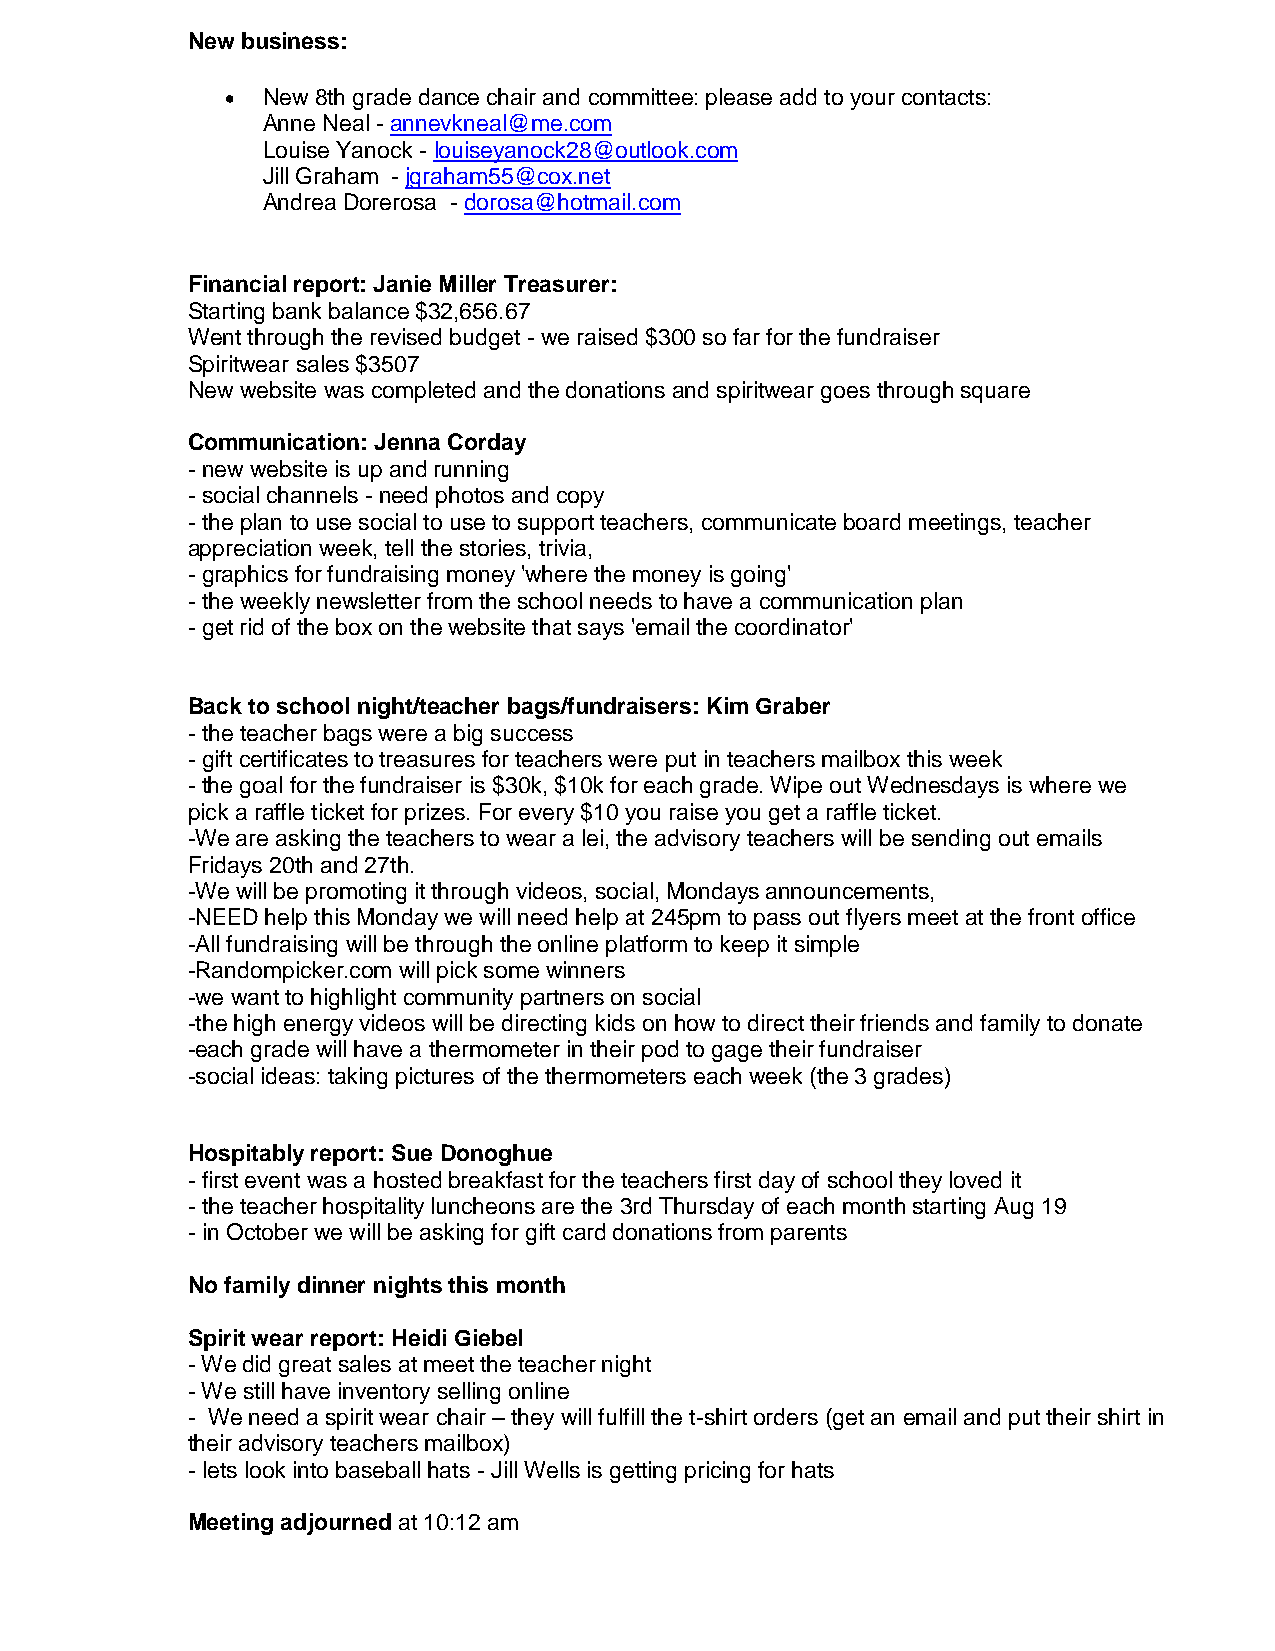
New business:
  New 8th grade dance chair and committee: please add to your contacts:
 Anne Neal - annevkneal@me.com
 Louise Yanock - louiseyanock28@outlook.com
 Jill Graham - jgraham55@cox.net
 Andrea Dorerosa - dorosa@hotmail.com
 Financial report: Janie Miller Treasurer:
 Starting bank balance $32,656.67
 Went through the revised budget - we raised $300 so far for the fundraiser
 Spiritwear sales $3507
 New website was completed and the donations and spiritwear goes through square
 Communication: Jenna Corday
 - new website is up and running
 - social channels - need photos and copy
 - the plan to use social to use to support teachers, communicate board meetings, teacher
 appreciation week, tell the stories, trivia,
 - graphics for fundraising money 'where the money is going'
 - the weekly newsletter from the school needs to have a communication plan
 - get rid of the box on the website that says 'email the coordinator'
 Back to school night/teacher bags/fundraisers: Kim Graber
 - the teacher bags were a big success
 - gift certificates to treasures for teachers were put in teachers mailbox this week
 - the goal for the fundraiser is $30k, $10k for each grade. Wipe out Wednesdays is where we
 pick a raffle ticket for prizes. For every $10 you raise you get a raffle ticket.
 -We are asking the teachers to wear a lei, the advisory teachers will be sending out emails
 Fridays 20th and 27th.
 -We will be promoting it through videos, social, Mondays announcements,
 -NEED help this Monday we will need help at 245pm to pass out flyers meet at the front office
 -All fundraising will be through the online platform to keep it simple
 -Randompicker.com will pick some winners
 -we want to highlight community partners on social
 -the high energy videos will be directing kids on how to direct their friends and family to donate
 -each grade will have a thermometer in their pod to gage their fundraiser
 -social ideas: taking pictures of the thermometers each week (the 3 grades)
 Hospitably report: Sue Donoghue
 - first event was a hosted breakfast for the teachers first day of school they loved it
 - the teacher hospitality luncheons are the 3rd Thursday of each month starting Aug 19
 - in October we will be asking for gift card donations from parents
 No family dinner nights this month
 Spirit wear report: Heidi Giebel
 - We did great sales at meet the teacher night
 - We still have inventory selling online
 - We need a spirit wear chair – they will fulfill the t-shirt orders (get an email and put their shirt in
 their advisory teachers mailbox)
 - lets look into baseball hats - Jill Wells is getting pricing for hats
 Meeting adjourned at 10:12 am